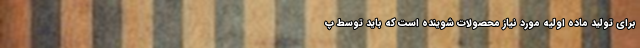
برای تولید ماده اولیه مورد نیاز محصولات شوینده است که باید توسط پ